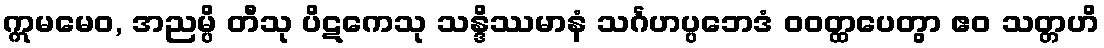
ဣမမေဝ, အညမ္ပိ တီသု ပိဋကေသု သန္ဒိဿမာနံ သင်္ဂဟပ္ပဘေဒံ ဝဝတ္ထပေတွာ ဧဝ သတ္တဟိ